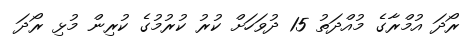
ރޯދަ އުމްރާގެ މުއްދަތު 15 ދުވަހަށް ކުރު ކުރުމުގެ ކުރިން މުޅި ރޯދަ